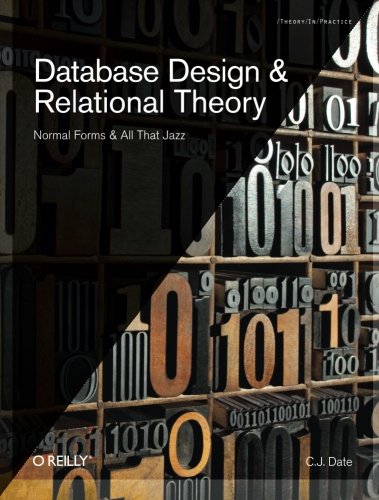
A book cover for Database Design and Relational Theory: Normal Forms and All That Jazz (Theory in Practice); C. J. Date; Computers & Technology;